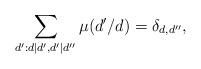
\begin{align*}\sum_{d':d|d',d'|d''}\mu(d'/d)=\delta_{d,d''}, \end{align*}